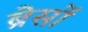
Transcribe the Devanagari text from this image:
ब्रेसों